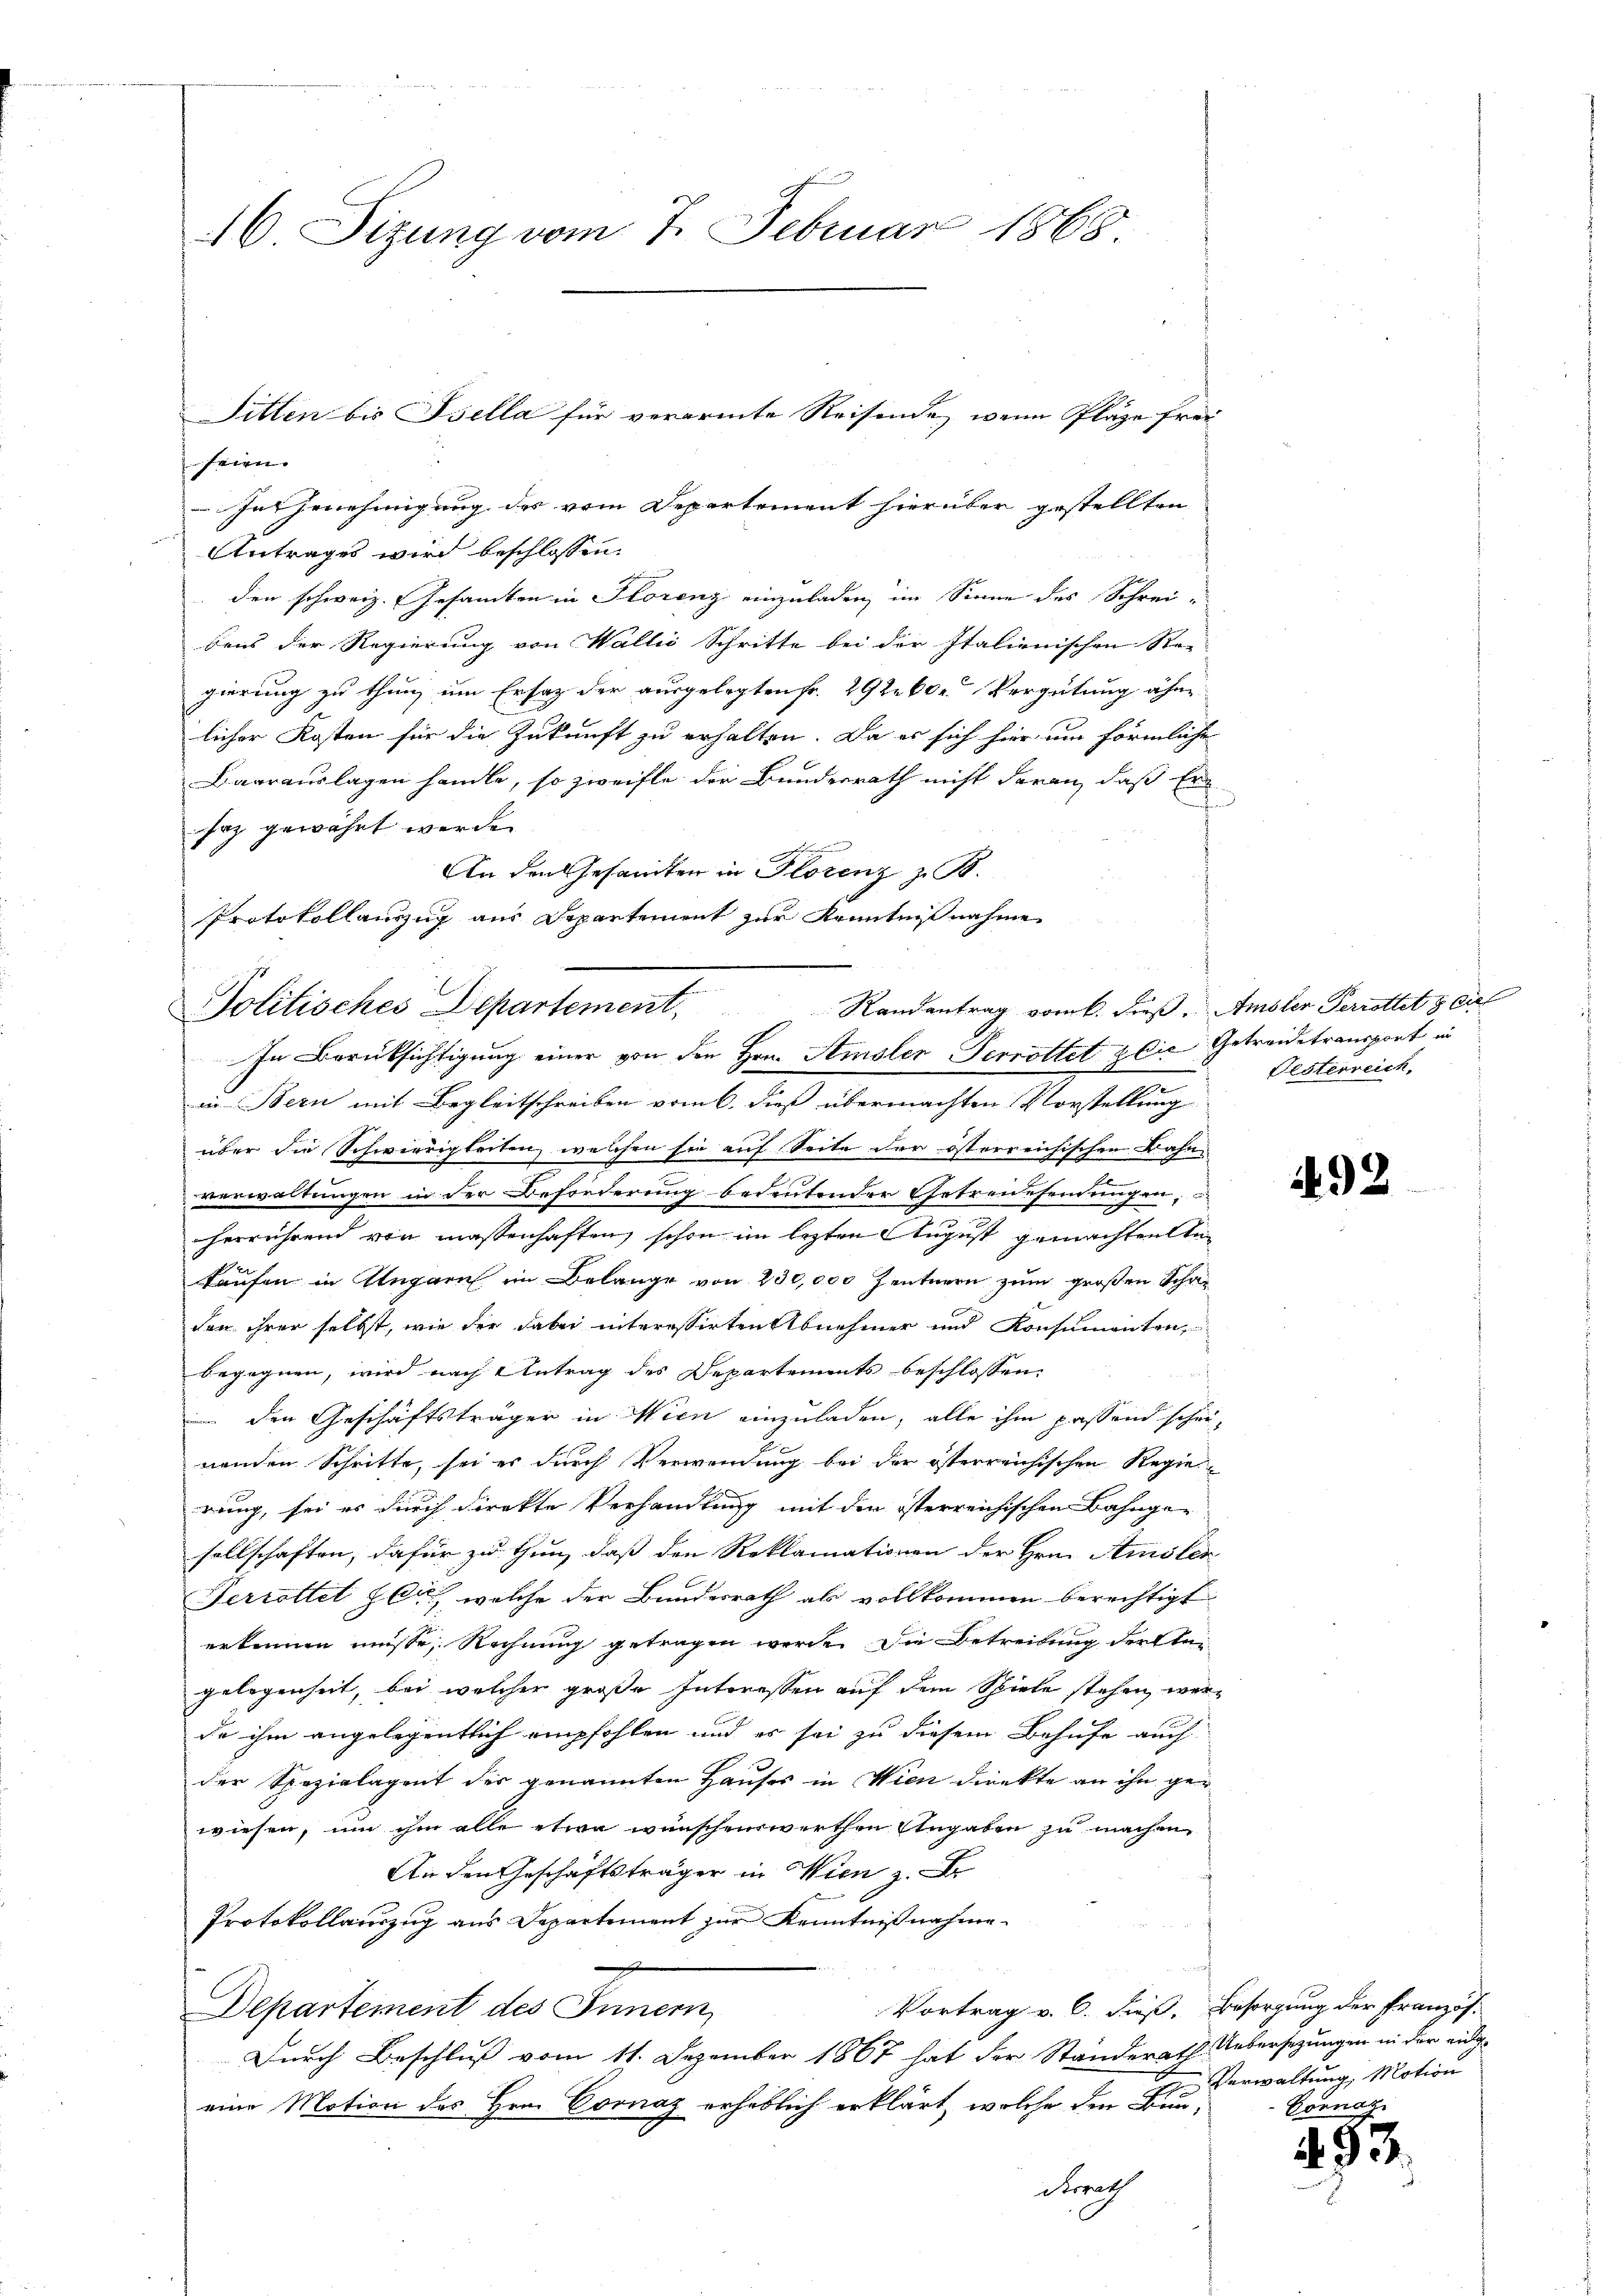
16. Sizung vom 7. Februar 1868.

seien.
In Genehmigung des vom Departement hierüber gestellten
Antrages wird beschlossen:
den schweiz. Gesamten in Storenz einzuladen im Sinne des Schrei-
dens der Regierung von Wallis Schritte bei der Italienischen Ste-
gierung zu thun, um Ersatz der ausgelegten Fr. 292. 60. Vergütung ohne
licher Kosten für die Zukunft zu erhalten. Da es sich hier um förmliche
Baarauslagen handle, so zweifle der Bundesrath nicht daran, daß Er
n
faz gewährt werde.
An den Gesandten in Florenz z. B.
Protokollauszug aus Departement zur Kenntnißnahme

Sitten bis Ssella für verarmte Reisende, wenn Plätze frei

Randantrag vom 6. dieß. Amsler Perrottet die
Politisches Departement,
In Berücksichtigung einer von den Hrn. Amsler Perrottet die Getreidetransport in
b

in Bern mit Begleitschreiben vom 6. dieß übermachten Vorstellung
über die Schwierigkeiten, welchen sie auf Seite der österreichischen Bahn-
verwaltungen in der Beforderung bedeutender Getreuesendungen,
herrührend von massenhaften, schon im lezten August gemachten ei
kaufen in Ungarn im Belange von 230,000 Zentnern zum großen Schanden ihrer selbst, wie der dabei interessirten Abnehmer und Konsumenten,
begegnen, wird nach Antrag des Departements beschlossen
 den Geschäftsträger in Wien einzuladen, alle ihm passend schei-
nenden Schritte, sei es durch Verwendung bei der österreichischen Regie
rung, sei es durch direkte Verhandlung mit der österreichischen Bahnger
sellschaften, dafür zu thun, daß den Reklamationen der Hrn. Amster
Perrollet zu, welche der Bundesrath als vollkommen berechtigt
erkennen müsse, Rechnung getragen werde. Die Betreibung dersten
gelegenheit, bei welcher große Interessen auf dem Spiele stehen werde ihm angelegentlich empfohlen und es sei zu diesem Behufe auch
der Spezialagent der genannten Hauses in Wien direkte an ihn gewiesen, um ihm alle etwa wünschenswerthen Angaben zu machen
An den Geschäftsträger in Wien z.
Protokollauszug aus Departement zur Kenntnißnahme¬
Vortrag v. C. dieß, Besorgung der Französ.
Departement des Innern,
Durch Beschluß vom 11. Dezember 1867 hat der Standerath Uebersezungen in der eidgeine Motion des Hrn. Coonaz erheblich erklärt, welche den Bun¬
Serrath

Pesterreich.

492

Verwaltung, Motion
Connaz

493.